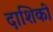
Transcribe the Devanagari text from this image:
दाशिकी